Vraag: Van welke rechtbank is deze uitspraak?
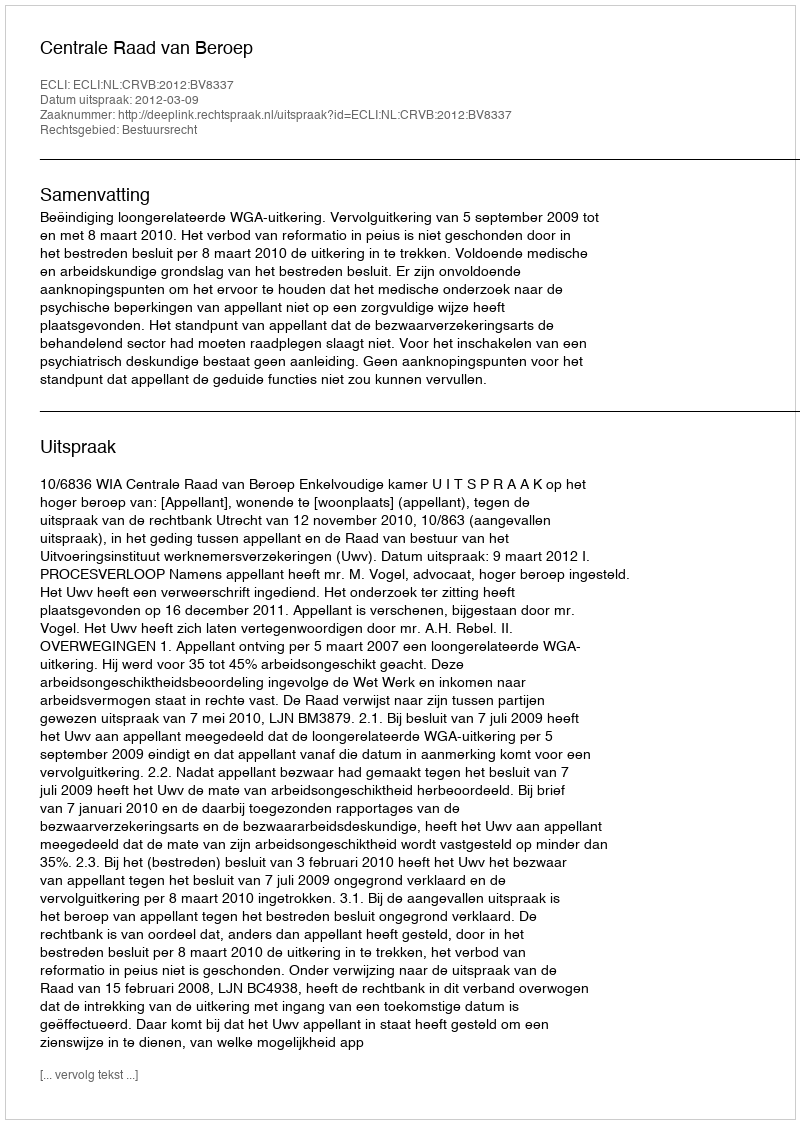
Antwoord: Centrale Raad van Beroep